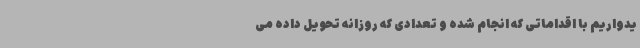
یدواریم با اقداماتی که انجام شده و تعدادی که روزانه تحویل داده می